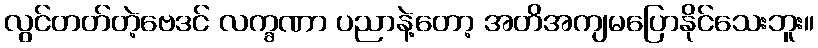
လွင်တတ်တဲ့ဗေဒင် လက္ခဏာ ပညာနဲ့တော့ အတိအကျမပြောနိုင်သေးဘူး။